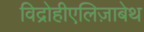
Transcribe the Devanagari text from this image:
विद्रोहीएलिज़ाबेथ